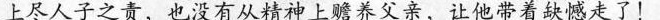
上尽人子之责，也没有从精神上赡养父亲，让他带着缺憾走了！